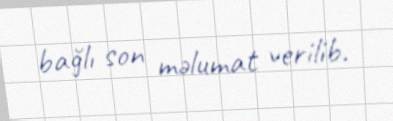
bağlı son məlumat verilib.